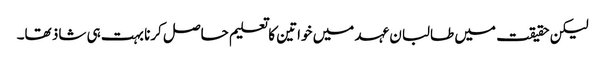
لیکن حقیقت میں طالبان عہد میں خواتین کا تعلیم حاصل کرنا بہت ہی شاذ تھا۔